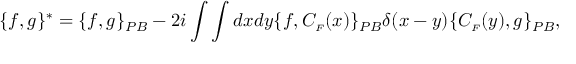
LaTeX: \{ f , g \} ^ { * } = \{ f , g \} _ { P B } - 2 i \int \int d x d y \{ f , C _ { \scriptscriptstyle F } ( x ) \} _ { P B } \delta ( x - y ) \{ C _ { \scriptscriptstyle F } ( y ) , g \} _ { P B } ,